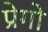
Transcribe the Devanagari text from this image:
प्रेगो